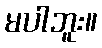
မပါဘူး။